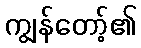
ကျွန်တော့်၏